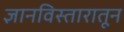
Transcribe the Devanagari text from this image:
ज्ञानविस्तारातून